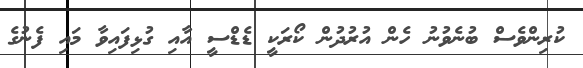
ކުރިންވެސް ބުނެވުނު ހެން އުރުދުން ކޯރަކީ ޑެޑްސީ އާއި ގުޅިފައިވާ މައި ފެނުގެ